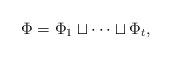
LaTeX: \begin{align*}\Phi=\Phi_1\sqcup \cdots \sqcup \Phi_t, \end{align*}